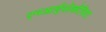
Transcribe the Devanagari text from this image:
एनआईसोकोरिया